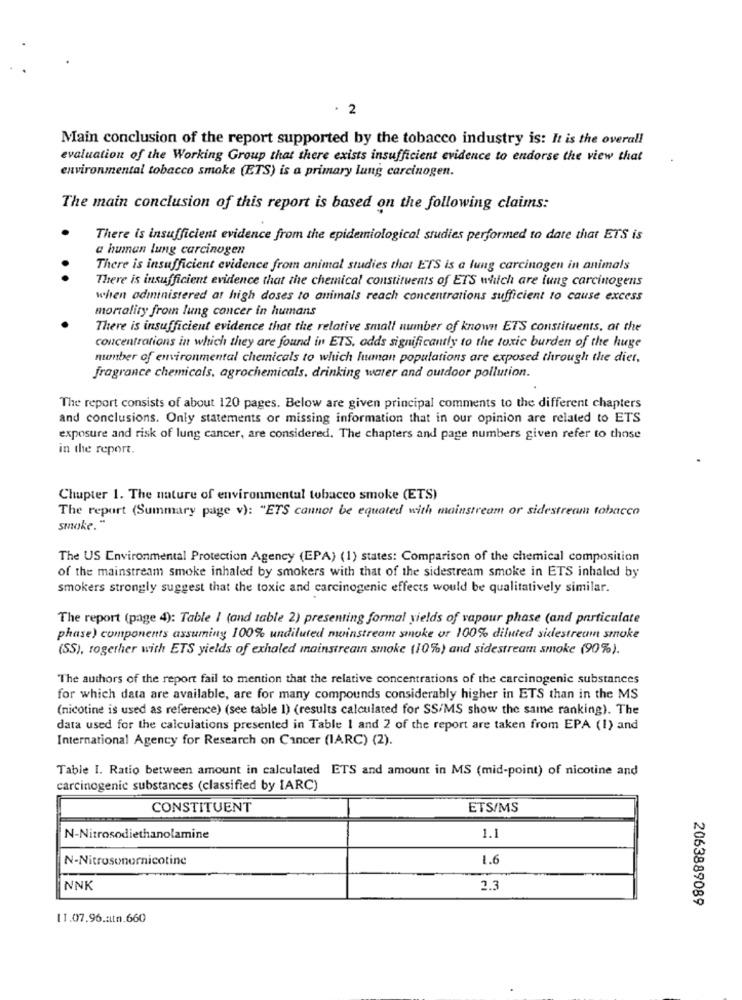
. 2
Main conclusion of the report supported by the tobacco industry is: It is the overall
evaluation of the Working Group that there exists insufficient evidence to endorse the view that
environmental tobacco smoke (ETS) is a primary lung carcinogen.
The main conclusion of this report is based on the following claims:
There is insufficient evidence from the epidemiological studies performed to date that ETS is
a human lung carcinogen
There is insufficient evidence from animal studies that ETS is a lung carcinogen in animals
There is insufficient evidence that the chemical constituents of ETS which are lung carcinogens
when administered at high doses to animals reach concentrations sufficient to cause excess
mortality from lung cancer in humans
There is insufficient evidence that the relative small number of known ETS constituents, at the
concentrations in which they are found in ETS, adds significantly to the toxic burden of the huge
number of environmental chemicals to which luanan populations are exposed through the dier,
fragrance chemicals, agrochemicals, drinking water and outdoor pollution.
The report consists of about 120 pages. Below are given principal comments to the different chapters
and conclusions. Only statements or missing information that in our opinion are related to ETS
exposure and risk of lung cancer, are considered. The chapters and page numbers given refer to those
in the report.
Chapter 1. The nature of environmental tobacco smoke (ETS)
The report (Summary page v): "ETS cannot be equated with mainstream or sidestream tobacco
smoke.
The US Environmental Protection Agency (EPA) (1) states: Comparison of the chemical composition
of the mainstream smoke inhaled by smokers with that of the sidestream smoke in ETS inhaled by
smokers strongly suggest that the toxic and carcinogenic effects would be qualitatively similar.
The report (page 4): Table I (and table 2) presenting formal yields of vapour phase (and particulate
phase) components assuming 100% undiluted mainstream smoke or 100% diluted sidestream smoke
(SS), together with ETS yields of exhaled mainstreaın smoke (10%) and sidestream smoke (90%).
The authors of the report fail to mention that the relative concentrations of the carcinogenic substances
for which data are available, are for many compounds considerably higher in ETS than in the MS
(nicotine is used as reference) (see table I) (results calculated for SS/MS show the same ranking). The
data used for the calculations presented in Table 1 and 2 of the report are taken from EPA (1) and
International Agency for Research on Cancer (IARC) (2).
Table I. Ratio between amount in calculated ETS and amount in MS (mid-point) of nicotine and
carcinogenic substances (classified by IARC)
CONSTITUENT
ETS/MS
N-Nitrosodiethanolamine
1.1
N-Nitrosonornicotine
1.6
NNK
2.3
2063889089
11.07.96.atn.660